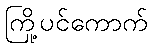
ကြို့ပင်ကောက်